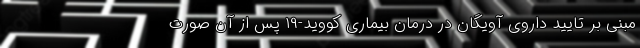
مبنی بر تایید داروی آویگان در درمان بیماری کووید-۱۹ پس از آن صورت